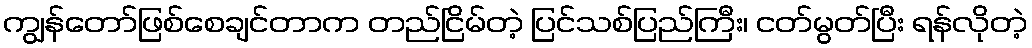
ကျွန်တော်ဖြစ်စေချင်တာက တည်ငြိမ်တဲ့ ပြင်သစ်ပြည်ကြီး၊ ငတ်မွတ်ပြီး ရန်လိုတဲ့